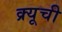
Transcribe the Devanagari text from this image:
क्र्यूची